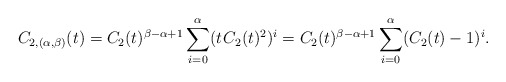
\begin{align*}C_{2,(\alpha,\beta)}(t) = C_2(t)^{\beta-\alpha+1} \sum_{i=0}^\alpha (t \kern+1pt C_2(t)^2)^i = C_2(t)^{\beta-\alpha+1} \sum_{i=0}^\alpha (C_2(t)-1)^i.\end{align*}